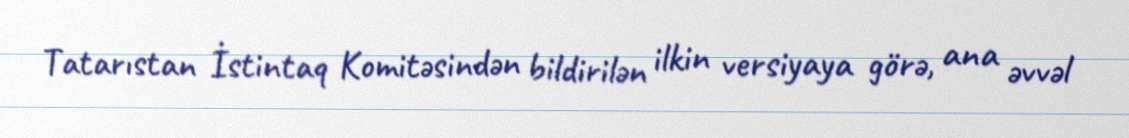
Tatarıstan İstintaq Komitəsindən bildirilən ilkin versiyaya görə, ana əvvəl